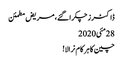
ڈاکٹرز چکرا گئے، مریض مطمئن
28مئی2020
چین کا ہر کام نرالا!